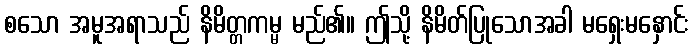
စသော အမူအရာသည် နိမိတ္တကမ္မ မည်၏။ ဤသို့ နိမိတ်ပြုသောအခါ မရှေးမနှောင်း